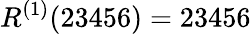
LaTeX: R^{(1)}(23456)=23456